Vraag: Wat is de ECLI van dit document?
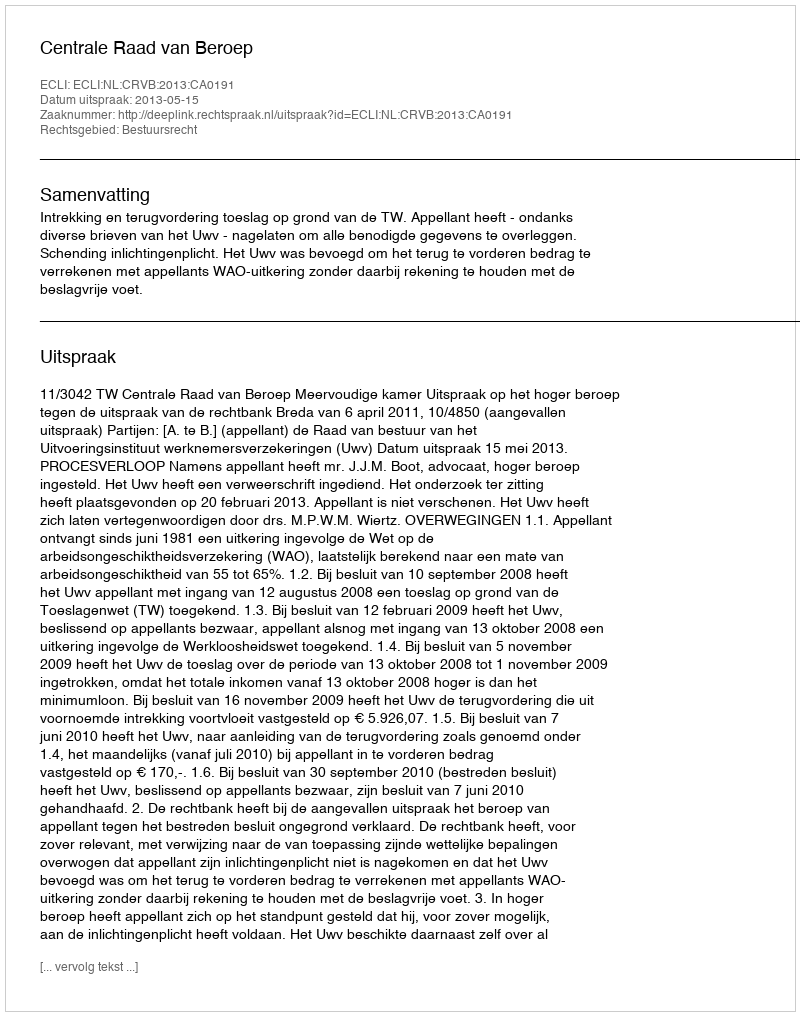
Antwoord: ECLI:NL:CRVB:2013:CA0191